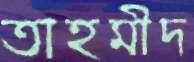
তাহমীদ